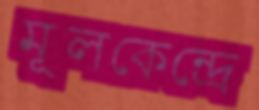
মূলকেন্দ্রে